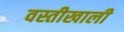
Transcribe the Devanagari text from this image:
वस्तीखाली